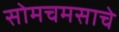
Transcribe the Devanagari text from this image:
सोमचमसाचे